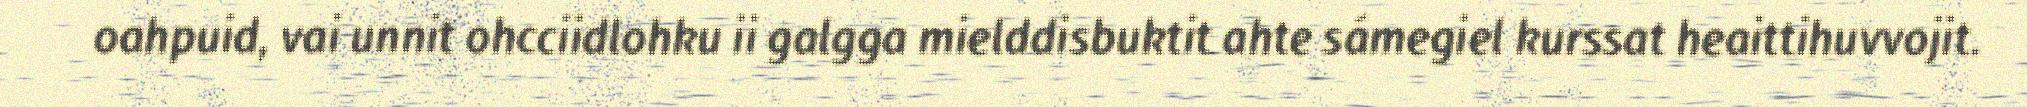
oahpuid, vai unnit ohcciidlohku ii galgga mielddisbuktit ahte sámegiel kurssat heaittihuvvojit.